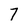
Character: 7